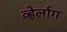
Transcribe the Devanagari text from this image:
व्हेर्लाग